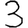
Digit: 3